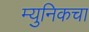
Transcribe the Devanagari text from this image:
म्युनिकचा